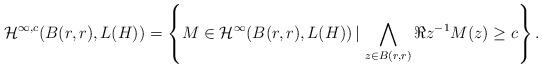
\begin{align*}\mathcal{H}^{\infty,c}(B(r,r),L(H))=\left\{ M\in\mathcal{H}^{\infty}(B(r,r),L(H))\,|\,\bigwedge_{z\in B(r,r)}\Re z^{-1}M(z)\geq c\right\} .\end{align*}